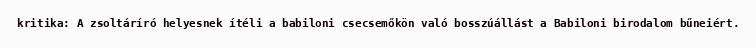
kritika: A zsoltáríró helyesnek ítéli a babiloni csecsemőkön való bosszúállást a Babiloni birodalom bűneiért.